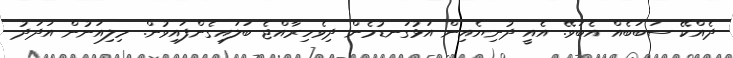
ދެއްކޭ ސަބަބެއް އެބަވޭ. އެއީ ދުނިޔެއިން އަޅުގަނޑުމެން ދިވެހިރާއްޖެ ބަލައިގެންފައިވުން. މިލިއަނުން އަދަދު